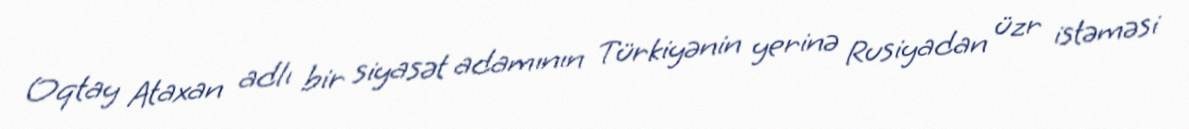
Oqtay Ataxan adlı bir siyasət adamının Türkiyənin yerinə Rusiyadan üzr istəməsi